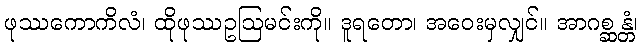
ဖုဿကောကိလံ၊ ထိုဖုဿဥဩမင်းကို။ ဒူရတော၊ အဝေးမှလျှင်။ အာဂစ္ဆန္တံ၊